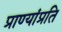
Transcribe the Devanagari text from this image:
प्राण्यांप्रति